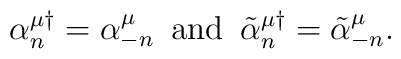
\alpha_n ^{\mu\dagger} = \alpha_{-n}^\mu \,\,\, \mbox{and}\,\,\,\tilde{\alpha}_n ^{\mu\dagger} = \tilde{\alpha}^\mu _{-n}.